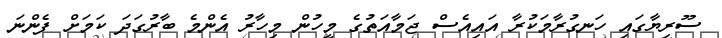
ސޫރިޔާގައި ހަނގުރާމަކުރާ އައިއެސް ޖަމާއަތުގެ މީހުން މިހާރު އެންމެ ބާރުގަދަ ކަމަށް ފެންނަ